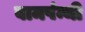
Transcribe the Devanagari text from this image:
बामपंन्थी